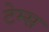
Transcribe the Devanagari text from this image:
टेम्‍स